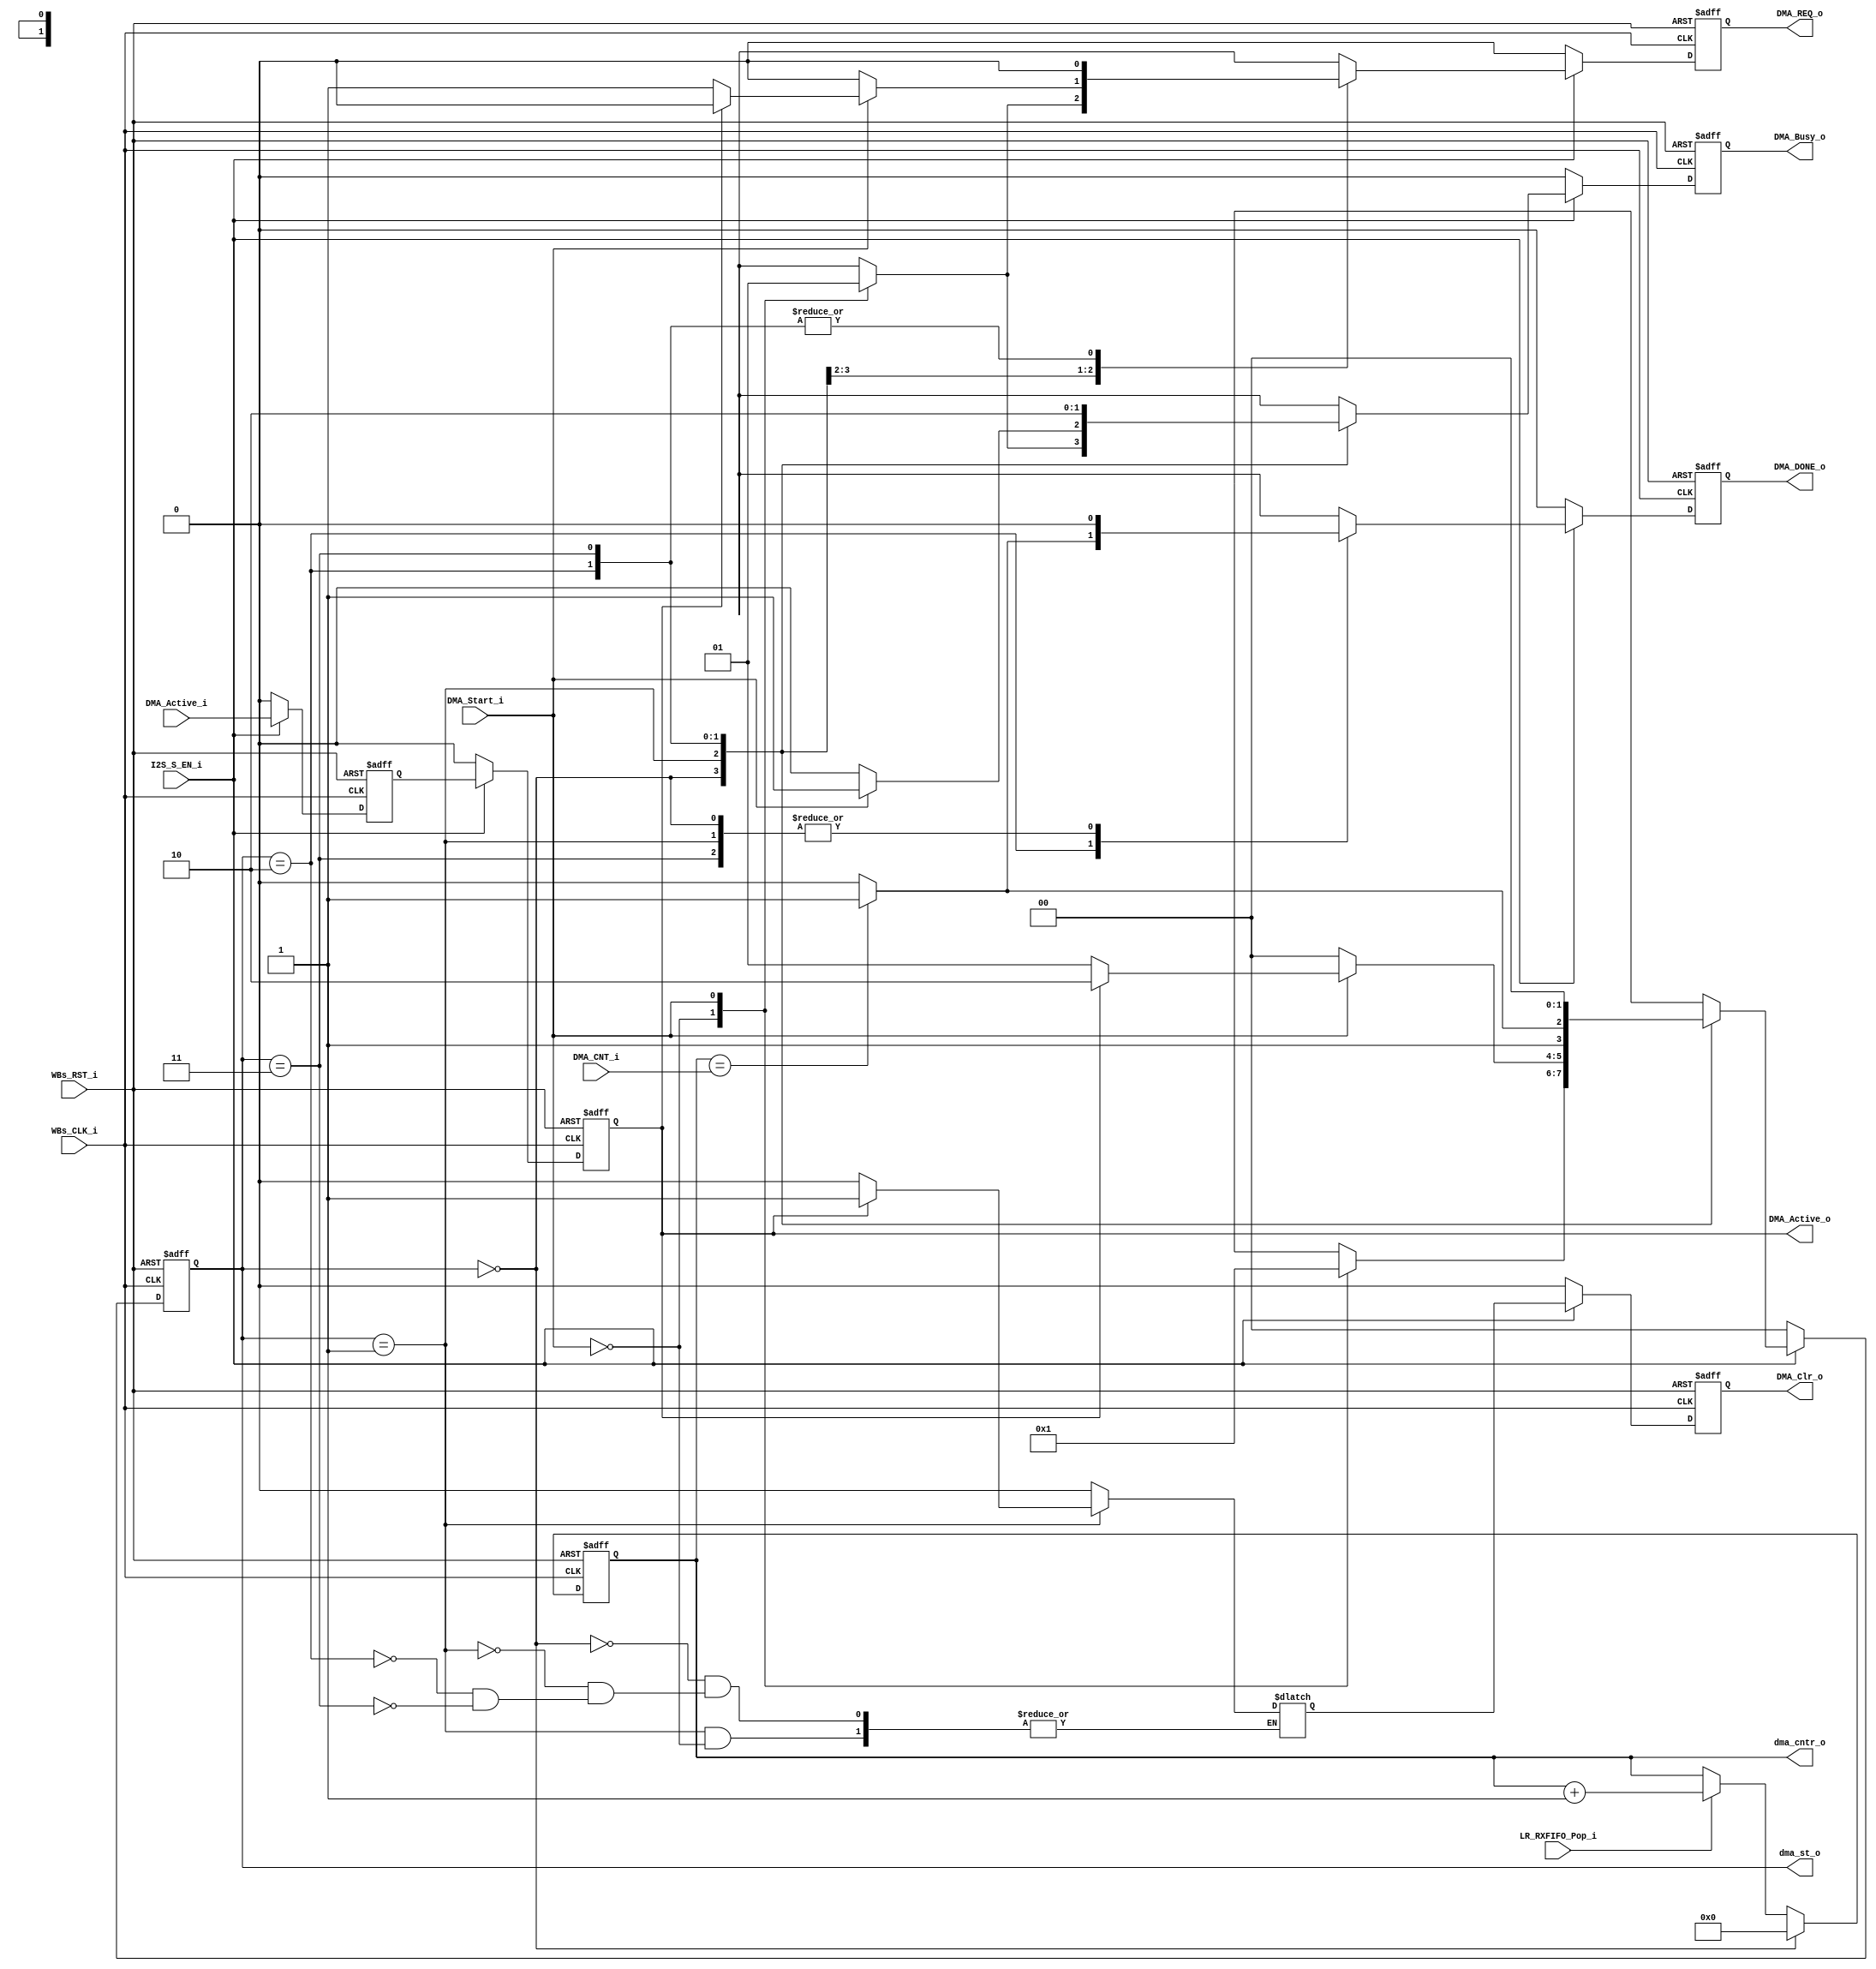
// -----------------------------------------------------------------------------
// title          : I2S Slave DMA Controler State machine Module
// project        : Tamar2 Device
// -----------------------------------------------------------------------------
// company        : QuickLogic Corp
// last update    : 2017/03/23
// platform       : ArcticLink 4 S3B
// standard       : Verilog 2001
// -----------------------------------------------------------------------------
// description: I2S Slave DMA controller
// -----------------------------------------------------------------------------
// copyright (c) 2016
// -----------------------------------------------------------------------------
// revisions  :
// date            version    author                        description
// 2017/03/23      1.0        Rakesh Moolacheri        created / Initial Release
// -----------------------------------------------------------------------------
// Comments: This solution is specifically for use with the QuickLogic
//           AL4S3B device. 
// -----------------------------------------------------------------------------

`timescale 1ns/10ps

module deci_filter_DMA_StateMachine (
       
                         WBs_CLK_i,
                         WBs_RST_i,

						 DMA_Clr_o,
						 
						 DMA_REQ_o,
						 DMA_DONE_o,
						 DMA_Active_i,
						 DMA_Active_o,

                         LR_RXFIFO_Pop_i,
						 
						 DMA_CNT_i,
						 I2S_S_EN_i,

                         DMA_Start_i,
						 dma_cntr_o,
						 dma_st_o,
                         DMA_Busy_o

                         );
  

//------Port Parameters----------------
//

//
// None at this time
//

//-----Port Signals--------------------
//  

input                    WBs_CLK_i;           // Fabric Clock               from Fabric
input                    WBs_RST_i;           // Fabric Reset               to   Fabric

input                    DMA_Start_i;
output                   DMA_Busy_o;

output    				 DMA_Clr_o;

output					 DMA_REQ_o; 
output					 DMA_DONE_o;
input				     DMA_Active_i;
output				     DMA_Active_o;

input                    LR_RXFIFO_Pop_i;

input          [8:0]     DMA_CNT_i;

output         [8:0]     dma_cntr_o;

output         [1:0]     dma_st_o;

input                    I2S_S_EN_i;

wire                     WBs_CLK_i;
wire                     WBs_RST_i;

wire                     DMA_Start_i;
wire                     LR_RXFIFO_Pop_i;

reg                      DMA_Busy_o;
reg                      DMA_Busy_o_nxt;

reg 					 DMA_REQ_o;
reg						 dma_req_nxt;

reg 					 DMA_DONE_o;
reg 					 dma_done_nxt;

reg            			 DMA_Clr_o;
reg             		 dma_clr_o_nxt;

reg            			 dma_active_i_1ff;
reg            			 dma_active_i_2ff;
wire  					 DMA_Active_o;
wire  					 DMA_Active_i;

reg            [8:0]     dma_cntr;

wire           [8:0]     DMA_CNT_i;

wire           [1:0]     dma_st_o;

//wire					 rst;

wire                     I2S_S_EN_i;

//------Define Parameters---------
//

//
// Define the Command Queue Statemachine States
//
// Note: These states are chosen to allow for overlap of various signals
//       during operation. This overlap should help reduce timing
//       dependancies.
//
parameter DMA_IDLE              = 2'h0;
parameter DMA_START             = 2'h1;
parameter DMA_XFR_PRGSS         = 2'h2;
parameter DMA_DONE              = 2'h3;


//-----Internal Signals--------------------
//
// Define the Statemachine registers
//
reg               [1:0]  DMA_State            ;
reg               [1:0]  DMA_State_nxt        ;



//------Logic Operations----------
//
assign DMA_Active_o = dma_active_i_2ff;

assign dma_cntr_o = dma_cntr;

assign dma_st_o = DMA_State;

//assign rst = WBs_RST_i | ~I2S_S_EN_i;

// Define the registers associated with the Command Queue Statemachine
//
always @(posedge WBs_CLK_i or posedge WBs_RST_i) 
begin
    if (WBs_RST_i)
    begin
        DMA_State           <= DMA_IDLE;
        DMA_Busy_o          <=  1'b0  ;
		DMA_Clr_o	        <=  1'b0  ;
		DMA_REQ_o			<=  1'b0  ;
		DMA_DONE_o			<=  1'b0  ;
		
		dma_active_i_1ff	<=  1'b0  ;
		dma_active_i_2ff	<=  1'b0  ;

    end
	else if (~I2S_S_EN_i)
	begin
        DMA_State           <= DMA_IDLE;
        DMA_Busy_o          <=  1'b0  ;
		DMA_Clr_o	        <=  1'b0  ;
		DMA_REQ_o			<=  1'b0  ;
		DMA_DONE_o			<=  1'b0  ;
		
		dma_active_i_1ff	<=  1'b0  ;
		dma_active_i_2ff	<=  1'b0  ;
	
	end
    else 
    begin  
        DMA_State           <=  DMA_State_nxt        ;
        DMA_Busy_o          <=  DMA_Busy_o_nxt       ;
		DMA_Clr_o           <=  dma_clr_o_nxt       ;
		
		DMA_REQ_o			<=  dma_req_nxt  ; 
		DMA_DONE_o			<=  dma_done_nxt  ;
		
		dma_active_i_1ff	<= DMA_Active_i;
		dma_active_i_2ff	<= dma_active_i_1ff;

 	end
end  

always @(posedge WBs_CLK_i or posedge WBs_RST_i)  
begin
    if (WBs_RST_i)
    begin
        dma_cntr		<=  9'h0  ;
    end
    else 
    begin  
		if (DMA_State == DMA_IDLE)
			dma_cntr	<=  9'h0  ;
		else if (LR_RXFIFO_Pop_i)
			dma_cntr    <=  dma_cntr + 1;
		else 
			dma_cntr	<=  dma_cntr;
 	end
end 

// Define the DMA State machine
//
always @( DMA_State          	or
          DMA_Start_i         	or
          dma_active_i_2ff      or
		  dma_cntr              or
		  DMA_CNT_i
         )
begin
    case(DMA_State)
    DMA_IDLE:
	begin
		dma_clr_o_nxt	           <= 1'b0             ;
		dma_done_nxt			   <= 1'b0             ;
	
		case(DMA_Start_i)
		1'b0:    // No Activity
		begin
            DMA_State_nxt          <= DMA_IDLE         ;
		    DMA_Busy_o_nxt         <= 1'b0             ;
			dma_req_nxt			   <= 1'b0             ;
        end
		1'b1:    // Start at the Command Queue Processing
		begin
            DMA_State_nxt          <= DMA_START         ;
		    DMA_Busy_o_nxt         <= 1'b1             ;
			dma_req_nxt			   <= 1'b1             ;
        end
        endcase

	end
	DMA_START:
    begin
        case(DMA_Start_i )
        1'b1:                                           
        begin
			dma_done_nxt		   <= 1'b0     ;
			DMA_Busy_o_nxt         <= 1'b1             ;
			case( dma_active_i_2ff)
			1'b1:
				begin 
				    dma_req_nxt			   <= 1'b0              ;
					dma_clr_o_nxt	       <= 1'b1              ;
					DMA_State_nxt          <= DMA_XFR_PRGSS     ;					
				end 
			default:
				begin 
				    dma_req_nxt			   <= 1'b1              ;
					dma_clr_o_nxt	       <= 1'b0              ;
					DMA_State_nxt          <= DMA_START         ;
				end 
			endcase
        end
        default:
        begin
            DMA_State_nxt          <= DMA_IDLE         ;  
		    DMA_Busy_o_nxt         <= 1'b0             ;  
			dma_req_nxt			   <= 1'b0             ;
			dma_done_nxt		   <= 1'b0             ;
        end
        endcase
    end
	DMA_XFR_PRGSS:
    begin
        DMA_Busy_o_nxt             <= 1'b1             ;  
		dma_req_nxt			   	   <= 1'b0             ;
		dma_clr_o_nxt	           <= 1'b0             ;
		
		case(dma_cntr)
			DMA_CNT_i:
						begin 
							DMA_State_nxt      <= DMA_DONE         ;
							dma_done_nxt	   <= 1'b1             ;
						end 
			default:
						begin 
							DMA_State_nxt      <= DMA_XFR_PRGSS    ;
							dma_done_nxt	   <= 1'b0             ;
						end 
			endcase
	end
		
	DMA_DONE:
	begin
		DMA_Busy_o_nxt         <= 1'b0             ;
		dma_clr_o_nxt	       <= 1'b0             ;
		dma_req_nxt			   <= 1'b0             ;
		dma_done_nxt	       <= 1'b0             ;
		DMA_State_nxt          <= DMA_IDLE         ;
	end
	
	default:
    begin
        DMA_Busy_o_nxt             <= 1'b0         ;  
		dma_clr_o_nxt	       	   <= 1'b0         ;
		dma_req_nxt			       <= 1'b0         ;
		dma_done_nxt	           <= 1'b0         ;
        DMA_State_nxt              <= DMA_IDLE     ;
    end
	endcase
end	

endmodule